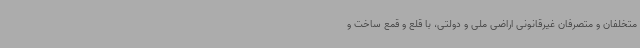
متخلفان و متصرفان غیرقانونی اراضی ملی و دولتی، با قلع و قمع ساخت و